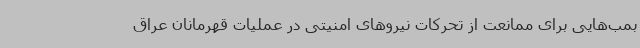
بمب‌هایی برای ممانعت از تحرکات نیروهای امنیتی در عملیات قهرمانان عراق